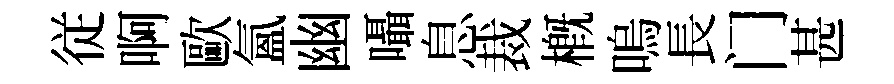
従啊歐氳幽囁息裁概嗚長门甚